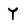
Character: Y